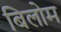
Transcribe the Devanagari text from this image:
बिलोम